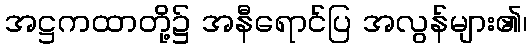
အဋ္ဌကထာတို့၌ အနီရောင်ပြ အလွန်များ၏၊